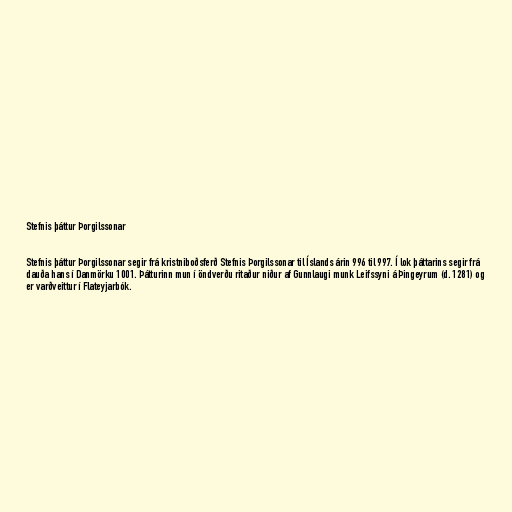
Stefnis þáttur Þorgilssonar

Stefnis þáttur Þorgilssonar segir frá kristniboðsferð Stefnis Þorgilssonar til Íslands árin 996 til 997. Í lok þáttarins segir frá
dauða hans í Danmörku 1001. Þátturinn mun í öndverðu ritaður niður af Gunnlaugi munk Leifssyni á Þingeyrum (d. 1281) og
er varðveittur í Flateyjarbók.